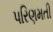
પરિણમતી